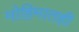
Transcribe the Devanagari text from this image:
मोहिमातही